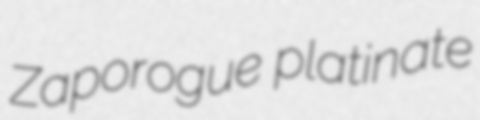
Zaporogue platinate